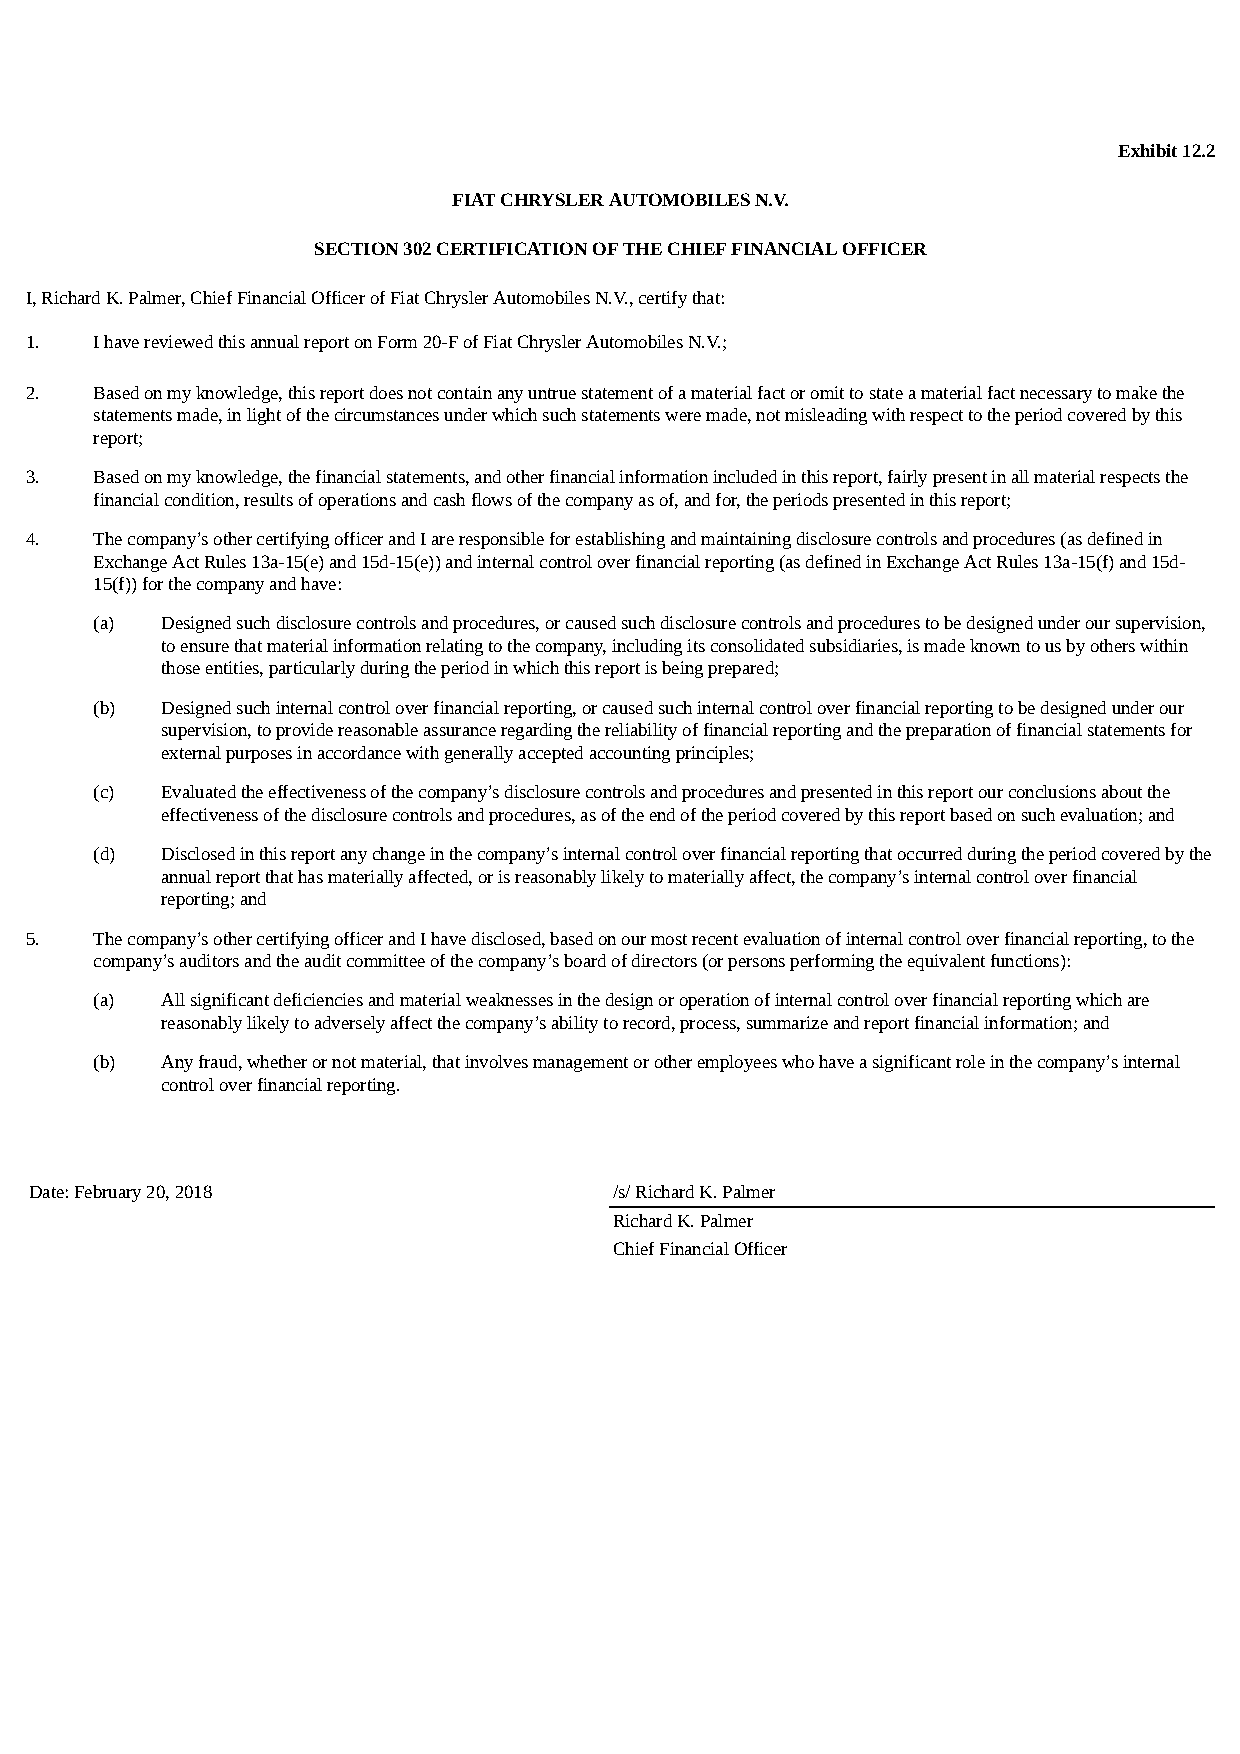
Exhibit 12.2
 FIAT CHRYSLER AUTOMOBILES N.V.
 SECTION 302 CERTIFICATION OF THE CHIEF FINANCIAL OFFICER
 I, Richard K. Palmer, Chief Financial Officer of Fiat Chrysler Automobiles N.V., certify that:
 1.  I have reviewed this annual report on Form 20-F of Fiat Chrysler Automobiles N.V.;
 2.  Based on my knowledge, this report does not contain any untrue statement of a material fact or omit to state a material fact necessary to make the
 statements made, in light of the circumstances under which such statements were made, not misleading with respect to the period covered by this
 report;
 3.  Based on my knowledge, the financial statements, and other financial information included in this report, fairly present in all material respects the
 financial condition, results of operations and cash flows of the company as of, and for, the periods presented in this report;
 4.  The company’s other certifying officer and I are responsible for establishing and maintaining disclosure controls and procedures (as defined in
 Exchange Act Rules 13a-15(e) and 15d-15(e)) and internal control over financial reporting (as defined in Exchange Act Rules 13a-15(f) and 15d-
 15(f)) for the company and have:
 (a)  Designed such disclosure controls and procedures, or caused such disclosure controls and procedures to be designed under our supervision,
 to ensure that material information relating to the company, including its consolidated subsidiaries, is made known to us by others within
 those entities, particularly during the period in which this report is being prepared;
 (b)  Designed such internal control over financial reporting, or caused such internal control over financial reporting to be designed under our
 supervision, to provide reasonable assurance regarding the reliability of financial reporting and the preparation of financial statements for
 external purposes in accordance with generally accepted accounting principles;
 (c)  Evaluated the effectiveness of the company’s disclosure controls and procedures and presented in this report our conclusions about the
 effectiveness of the disclosure controls and procedures, as of the end of the period covered by this report based on such evaluation; and
 (d)  Disclosed in this report any change in the company’s internal control over financial reporting that occurred during the period covered by the
 annual report that has materially affected, or is reasonably likely to materially affect, the company’s internal control over financial
 reporting; and
 5.  The company’s other certifying officer and I have disclosed, based on our most recent evaluation of internal control over financial reporting, to the
 company’s auditors and the audit committee of the company’s board of directors (or persons performing the equivalent functions):
 (a)  All significant deficiencies and material weaknesses in the design or operation of internal control over financial reporting which are
 reasonably likely to adversely affect the company’s ability to record, process, summarize and report financial information; and
 (b)  Any fraud, whether or not material, that involves management or other employees who have a significant role in the company’s internal
 control over financial reporting.
 Date: February 20, 2018                /s/ Richard K. Palmer
 Richard K. Palmer
 Chief Financial Officer